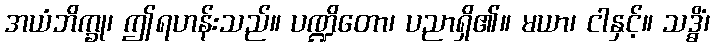
အယံဘိက္ခု၊ ဤရဟန်းသည်။ ပဏ္ဍိတော၊ ပညာရှိ၏။ မယာ၊ ငါနှင့်။ သဒ္ဓိံ၊